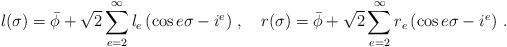
LaTeX: \begin{align*}l(\sigma )=\bar{\phi}+\sqrt{2}\sum_{e=2}^{\infty }l_{e}\left( \cos e\sigma-i^{e}\right) \,,\quad r(\sigma )=\bar{\phi}+\sqrt{2}\sum_{e=2}^{\infty}r_{e}\left( \cos e\sigma -i^{e}\right) \,.~~~~\end{align*}